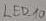
Text: LED_10